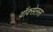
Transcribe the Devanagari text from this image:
वॉक्सेलस